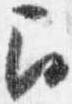
召